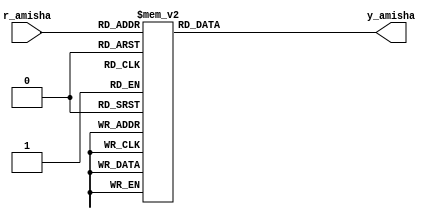
`timescale 1ns / 1ps
//////////////////////////////////////////////////////////////////////////////////
// Company: 
// Engineer: 
// 
// Design Name: 
// Module Name:    prio_encoder_case_Amisha 
// Project Name: 
// Target Devices: 
// Tool versions: 
// Description: 
//
// Dependencies: 
//
// Revision: 
// Revision 0.01 - File Created
// Additional Comments: 
//
//////////////////////////////////////////////////////////////////////////////////
module prio_encoder_case_Amisha(
    input [4:1] r_amisha,
    output reg [2:0] y_amisha
    );
	 
	 always @*
	 case (r_amisha)
	 4'b1000, 4'b1001, 4'b1010, 4'b1011,
	 4'b1100, 4'b1101, 4'b1110, 4'b1111:
	 y_amisha = 3'b100;
	 4'b0100, 4'b0101, 4'b0110, 4'b0111:
	 y_amisha = 3'b011;
	 4'b0010, 4'b0011:
	 y_amisha = 3'b010;
	 4'b0001:
	 y_amisha = 3'b001;
	 4'b0000:
	 y_amisha = 3'b000;
	 endcase
endmodule